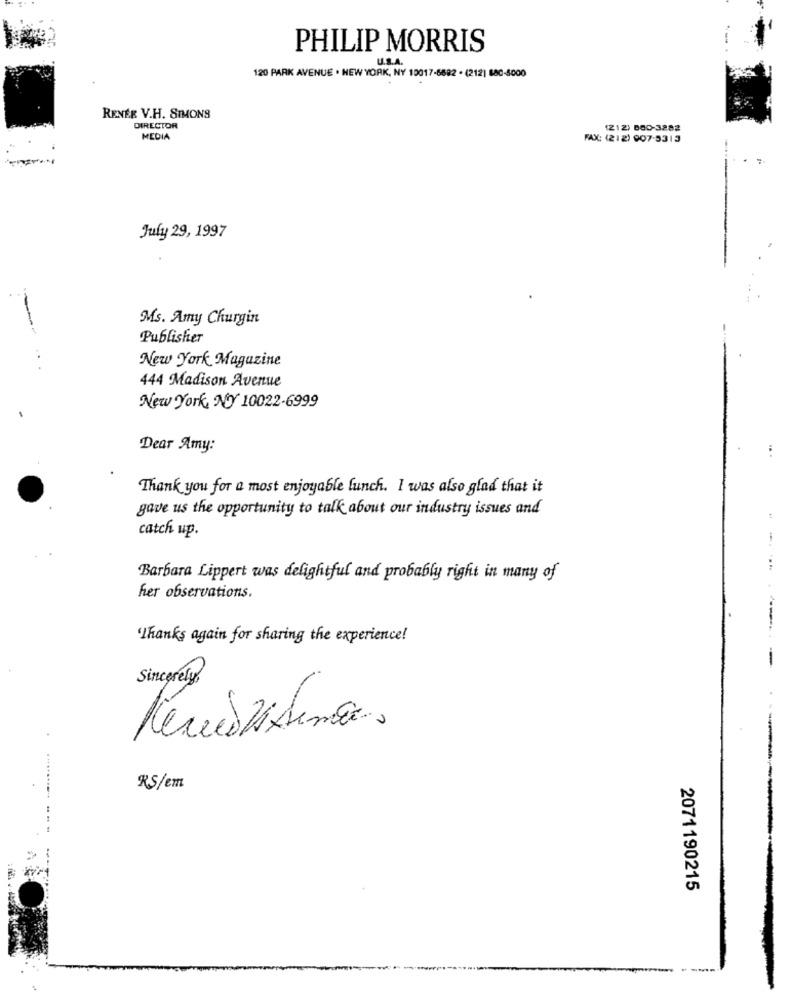
PHILIP MORRIS
U.S.A.
120 PARK AVENUE . NEW YORK, NY 10017-6682 . (212) 880-5000
RENEE V.H. SIMONS
DIRECTOR
(212) BOD-3282
MEDIA
FAX: (212) 907-5313
July 29, 1997
-
Ms. Amy Churgin
Publisher
New York Magazine
444 Madison Avenue
New York, NY 10022-6999
Dear Amy:
Thank you for a most enjoyable lunch. I was also glad that it
gave us the opportunity to talk about our industry issues and
catch up.
Barbara Lippert was delightful and probably right in many of
her observations.
'Thanks again for sharing the experience!
--
Sincerely
Rerevisinc.
-
RS/em
2071190215